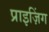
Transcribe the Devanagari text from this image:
प्राइज़िंग